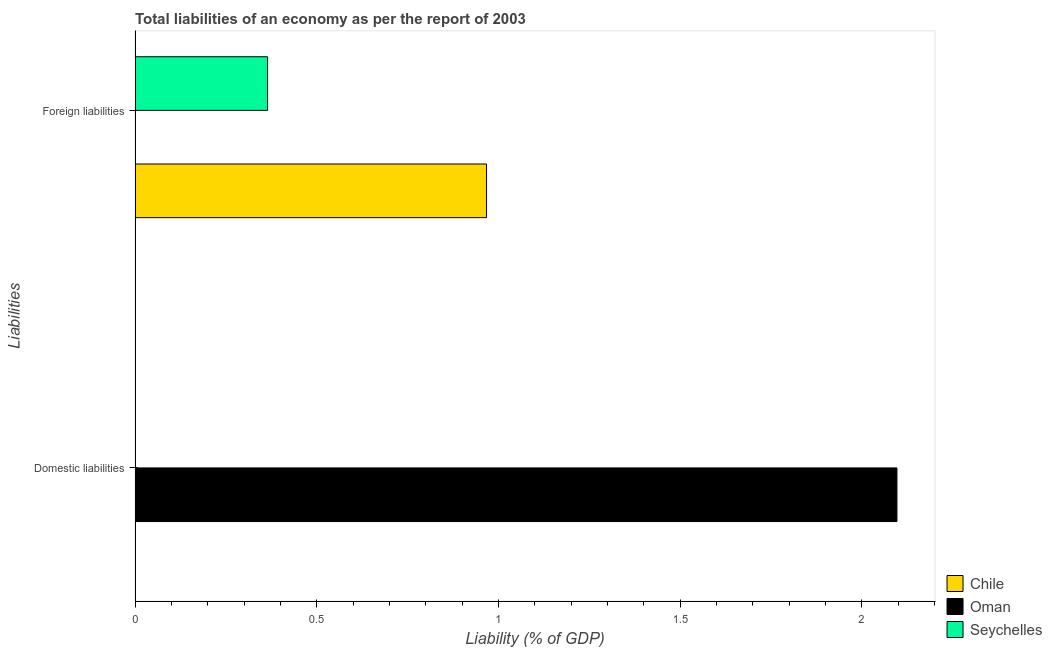
| Liabilities | Chile | Oman | Seychelles |
 | --- | --- | --- | --- |
 | Domestic liabilities | -0.854 | 2.1 | -34.6 |
 | Foreign liabilities | 0.967 | -1.91 | 0.365 |